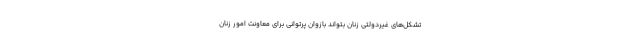
تشکل‌های غیردولتی زنان بتواند بازوان پرتوانی برای معاونت امور زنان